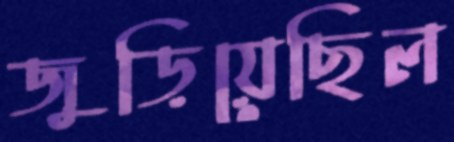
জুড়িয়েছিল